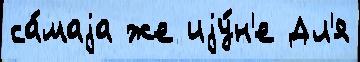
са́маjа же иjу́н'е Дл'я